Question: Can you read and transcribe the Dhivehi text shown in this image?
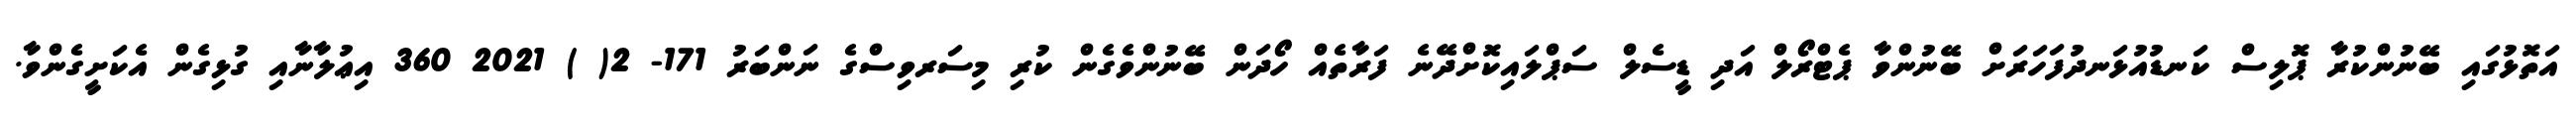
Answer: އަތޮޅުގައި ބޭނުންކުރާ ޕޮލިސް ކަނޑުއުޅަނދުފަހަރަށް ބޭނުންވާ ޕެޓްރޯލް އަދި ޑީސެލް ސަޕްލައިކޮށްދޭނެ ފަރާތެއް ހޯދަން ބޭނުންވެގެން ކުރި މިސަރވިސްގެ ނަންބަރު 171- 2( ) 2021 360 އިޢުލާނާއި ގުޅިގެން އެކަށީގެންވާ.